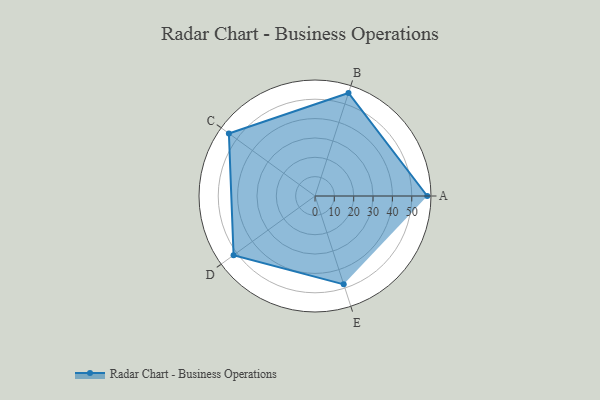
{"axis": {"x": "Skill", "y": "Score"}, "legend": ["Profile"], "data": [{"x": "A", "y": 58.0, "type": "Profile"}, {"x": "B", "y": 56.0, "type": "Profile"}, {"x": "C", "y": 55.0, "type": "Profile"}, {"x": "D", "y": 52.0, "type": "Profile"}, {"x": "E", "y": 48.0, "type": "Profile"}]}